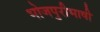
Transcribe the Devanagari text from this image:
भोजपुरीभाषी